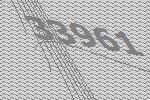
33961